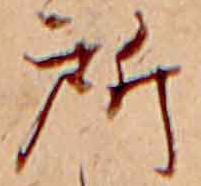
所